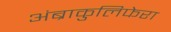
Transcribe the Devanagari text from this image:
अंब्राकुलिफेरा